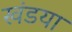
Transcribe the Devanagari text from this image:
खंडया